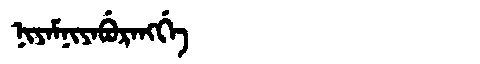
Manchu: ᠨᡳᠶᠠᠮᠨᡳᠶᠠᠪᡠᡵᠠᠩᡤᡝ
Romanization: NIYAMNIYABURANGGE